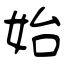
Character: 始